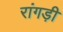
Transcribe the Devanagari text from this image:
रांगड़ी